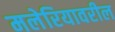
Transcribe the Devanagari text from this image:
मलेरियावरील